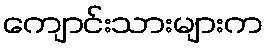
ကျောင်းသားများက